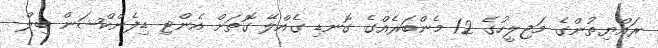
ރައްޔިތުންގެ މަޖިލީހުގެ 12 މެންބަރެއްގެ ގޮނޑި ގެއްލޭ ގޮތަށް އެންޓި ޑިފެންކްޝަން ބިލް